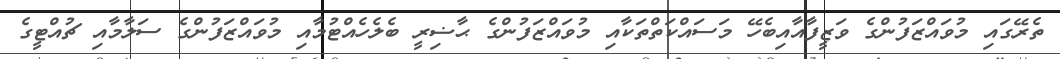
ތެރޭގައި މުވައްޒަފުންގެ ވަޒީފާއާއިބެހޭ މަސައްކަތްތަކާއި މުވައްޒަފުންގެ ޙާޟިރީ ބެލެހެއްޓުމާއި މުވައްޒަފުންގެ ސަލާމާއި ޗުއްޓީގެ